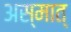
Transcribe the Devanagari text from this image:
अस्मात्‌